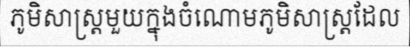
ភូមិសាស្ត្រមួយក្នុងចំណោមភូមិសាស្ត្រដែល